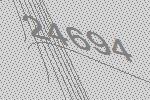
24694